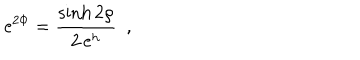
\mathrm { e } ^ { 2 \Phi } = \frac { \sinh 2 \rho } { 2 \, \mathrm { e } ^ { h } } ~ ~ ,